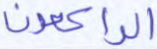
الراكعون